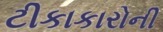
ટીકાકારોની